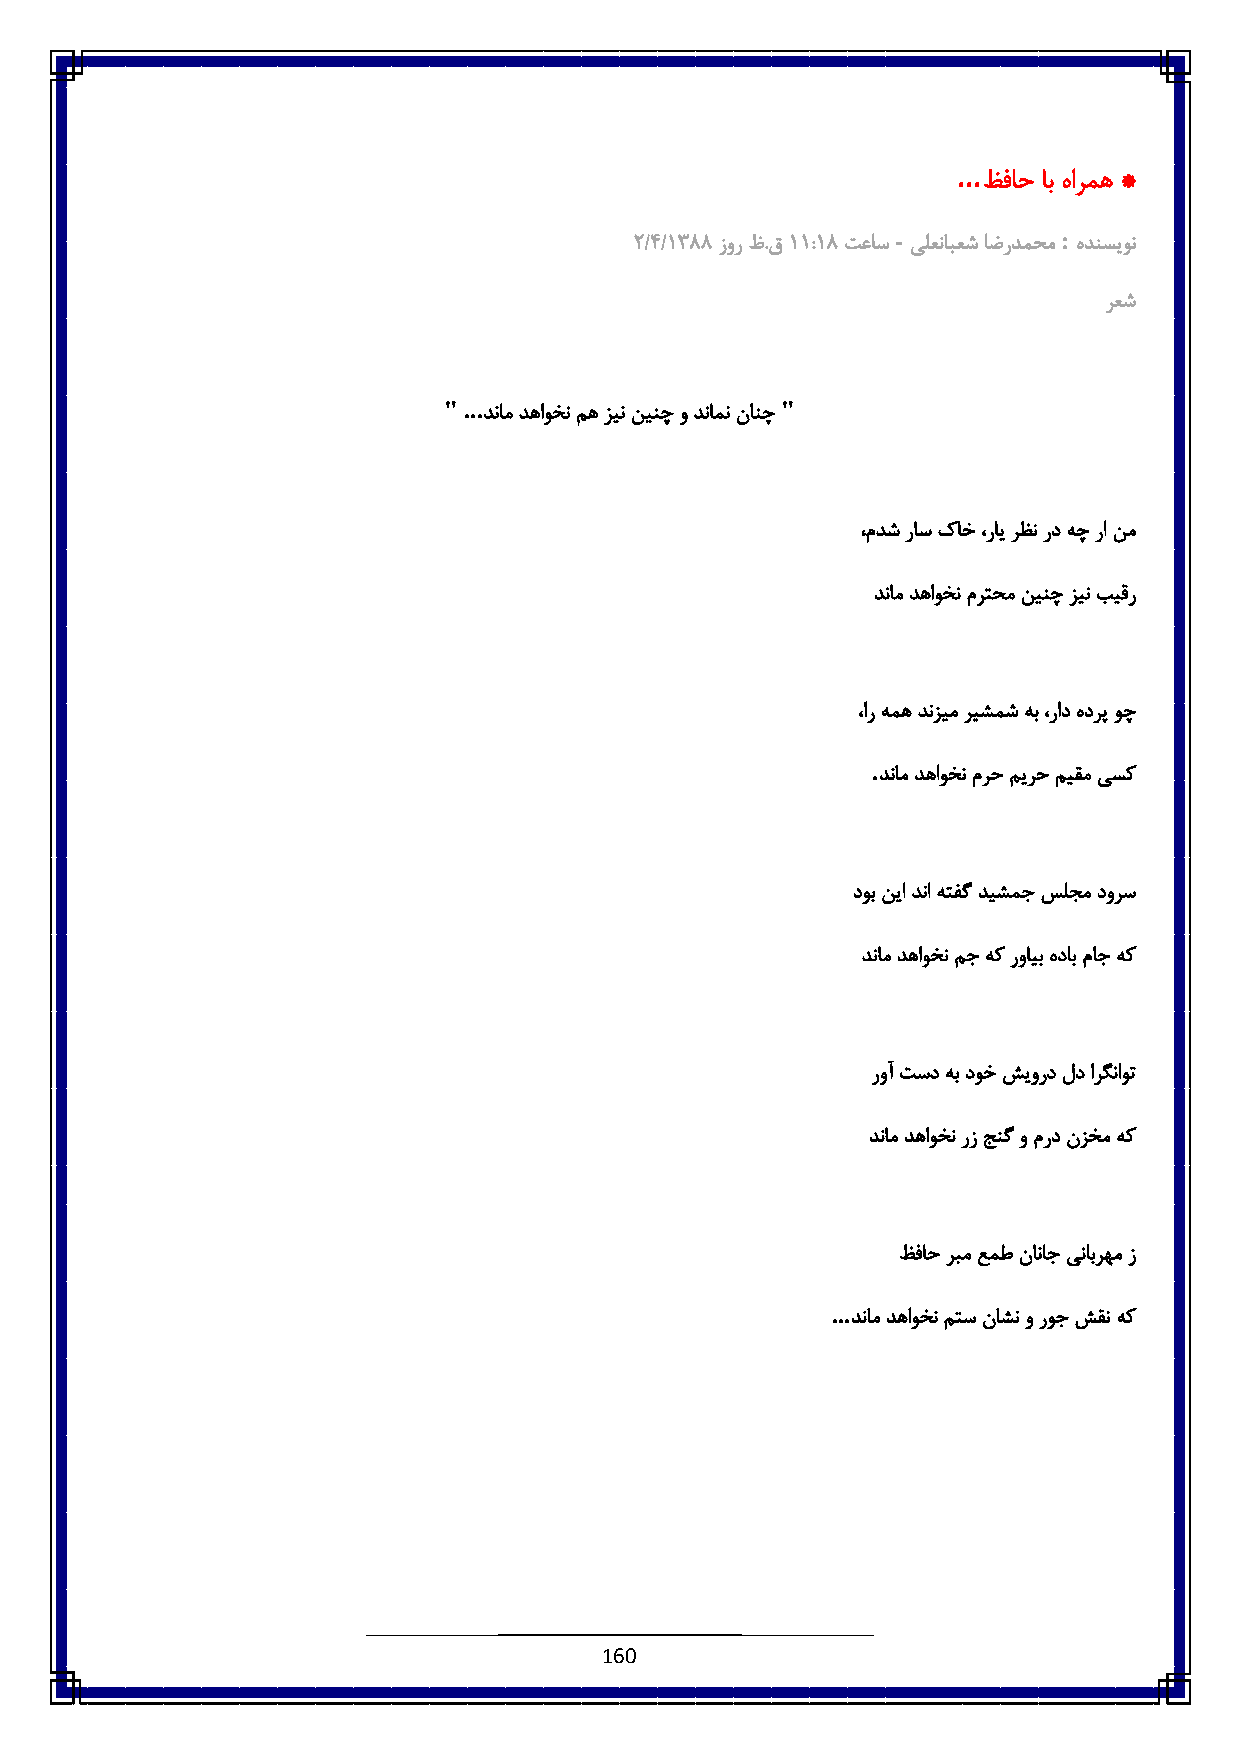
...
 ظفاح اب هارمه *
 -          :
 :/٠/6833 زور ظ.ق6 6:63 تعاس یلعنابعش اضردمحم هدنسیون
 رعش
 "...                   "
 دنام دهاوخن مه زین نینچ و دنامن نانچ
 ،مدش راس کاخ ،رای رظن رد هچ را نم
 دنام دهاوخن مرتحم نینچ زین بیقر
 ،ار همه دنزیم ریشمش هب ،راد هدرپ وچ
 .
 دنام دهاوخن مرح میرح میقم یسک
 دوب نیا دنا هتفگ دیشمج سلجم دورس
 دنام دهاوخن مج هک روایب هداب ماج هک
 روآ تسد هب دوخ شیورد لد ارگناوت
 دنام دهاوخن رز جنگ و مرد نزخم هک
 ظفاح ربم عمط ناناج ینابرهم ز
 ...
 دنام دهاوخن متس ناشن و روج شقن هک
 160